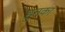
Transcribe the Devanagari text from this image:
हुनका